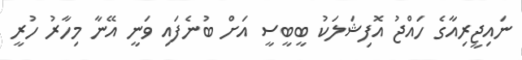
ނައިޖީރިއާގެ ހައްޖު އޮފިޝަލަކު ބީބީސީ އަށް ބުނެފައި ވަނީ އޭނާ މިހާރު ހުރީ